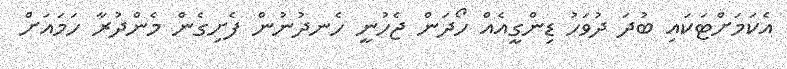
އެކަމަށްޓަކައި ބުދަ ދުވަހު ޑިންގީއެއް ހޯދަން ޖެހުނީ ހެނދުނުން ފެށިގެން މެންދުރާ ހަމައަށް